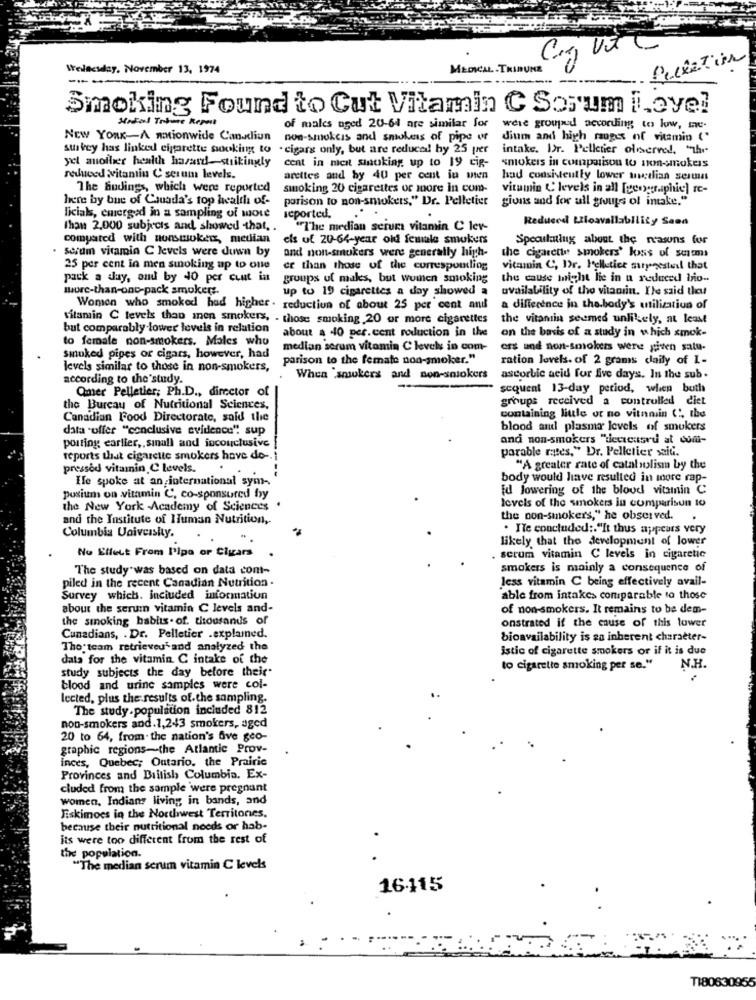
Pellation
Wellnesday, November 13, 1974
MEDICAL TRIBUNE
Smoking Found to Cut Vitamin C Sorum i.eye?
Modal Trine Repuit
of males uged 20-64 are similar for
were grouped according to low, me-
New YORK-A nationwide Canadiun
non-smokers and smilers of pipe or
dium and high ruges of vitamin ('
survey has linked cigarette sooking to . cigars only, but are reduced! hy 25 per
intake. Dr. Pelletier observed, "he
yel auofher health hazast-strikingly
cent in meat smoking up to 19 cip-
smokers in comparison to non-smokers
reduced vitamin C serum levels.
arettes and by 40 per cent in wien
had consistently lower wetlian serun
The hudings, which were reported
smoking 20 cigarettes or more in com-
vitamin C levels in all [geographie) re-
here by bue of Cauada's top health of-
parison to non-smokers," Dr. Pelletier gions and for all groups of intake."
licials, emerged in a sampling of wote
seported.
Reduced Lloavailability Saed
Than 2,000 subjects and showed that. .
"The median serums vitamin C ler-
compared with nonsmoker, median
els uf 20-64-year old female smokers
Speculating about the reasons for
scrum vitamin C levels were duwn by
and non-smokers were generally high-
the cigarette smokers' loss of surms
25 per cent in men smoking up to one
ce than those of the corresponding
vitamin C, Dr. Pelletier suggested that
pack a day, and by 40 per cent in
groups ul makes, but women smoking
the cause might lie in u reduced lo -.
more-than-one-pack smokers.
up to 19 cigarettes a day showed a
availability of the vitamin. Ile said theut
Women who smoked had higher . reduction of about 25 per cent and
a difference in the.body's utilization of
vitamin C levels than men smokers, - those smoking 20 or more cigarettes
the vitamin seemed unlikely, at least
but comparably lower levels in relation
about a 40 per.cent reduction in the
to female non-smokers. Males who
on the basis of a study in which smok-
median serum vitamin C levels in com-
ers and non-smokers were given satu-
smoked pipes or cigars, however, had
parison to the female non-smoker."
ration levels. of 2 grams claily of I-
levels similar to those in non-smokers,
according to the study.
When "smokers and non-saiokers
ascorbic acid for five days. In the sub .
Qmer Pelletier; Ph.D ., director of
sequent 13-day period, when both
groups received a controlled diet
the Bureau of Nutritional Sciences,
Canadian Food Directorate, said the
containing little or no vitnniin ( !, the
data "offer "conclusive evidence"! sup
blood and plasma levels of smokers
posting earlier ,, small and inconclusive
and non-smokers "teceusru at com-
parable rates," Dr. Pelletier saiG.
reports that cigarette smokers have do -.
pressed vitamin C levels. .
"A greater rate of catabolismby the
He spoke at an international sym-
body would have resulted in more rap-
fd Jowering of the blood vitamin C
posium on vitamin C, co-sponsored by
the New York Academy of Sciences
levels of the smokers in comparison 10
and the Institute of Human Nutrition,
the non-smokers," he observed.
.
Columbia University.
. Ite concluded :. "It thus appears very
likely that the development of lower
No Effect From 1'ipa or Cigars
serum vitamin C levels in cigaretic
The study was based on data com-
smokers is mainly a consequence of
piled in the recent Canadian Nutrition -
less vitamin C being effectively avail-
Survey which. included information
able from intakes comparable to those
about the serum vitamin C levels and-
of non-smokers. It remains to be dem-
the smoking habits. of. thousands of
onstrated if the cause of this lower
Cunadians, . Dr. Pelletier .explamed.
bioavailability is sa inherent character-
Tho team retrieveu' and analyzed the
istic of cigarette smokers or if it is due
data for the vitamin C intake of the
study subjects the day before their.
to cigarette smoking per se."
N.H.
blood and urine samples were col-
lected, plus the results of.the sampling.
The study.population included 812
non-smokers and.1,243 smokers, aged
20 to 64, from the nation's Ave geo-
graphic regions-the Atlantic Prov-
inces, Quebec; Outario, the Prairie
Provinces and British Columbia. Ex-
cluded from the sample were pregnant
women, Indians living in bands, and
Eskimoes in the Northwest Territones,
because their nutritional needs or hab-
its were too different from the rest of
the population.
"The median scrum vitamin C levels
16115
T180630955